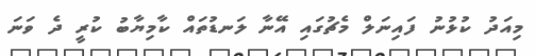
މިއަދު ކުޅުނު ފައިނަލް މެޗުގައި އޭނާ ލަނޑުތައް ކާމިޔާބު ކުރީ ދެ ވަނަ